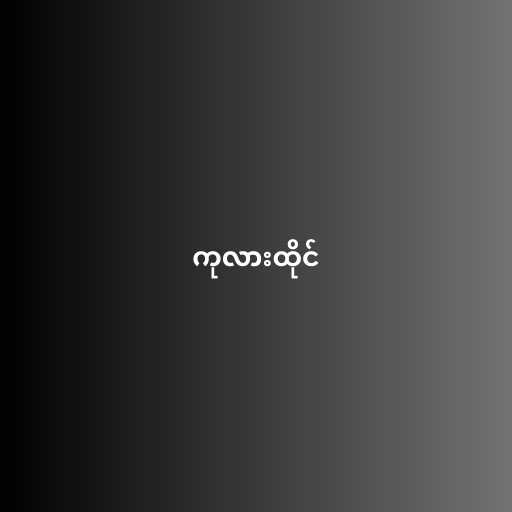
ကုလားထိုင်